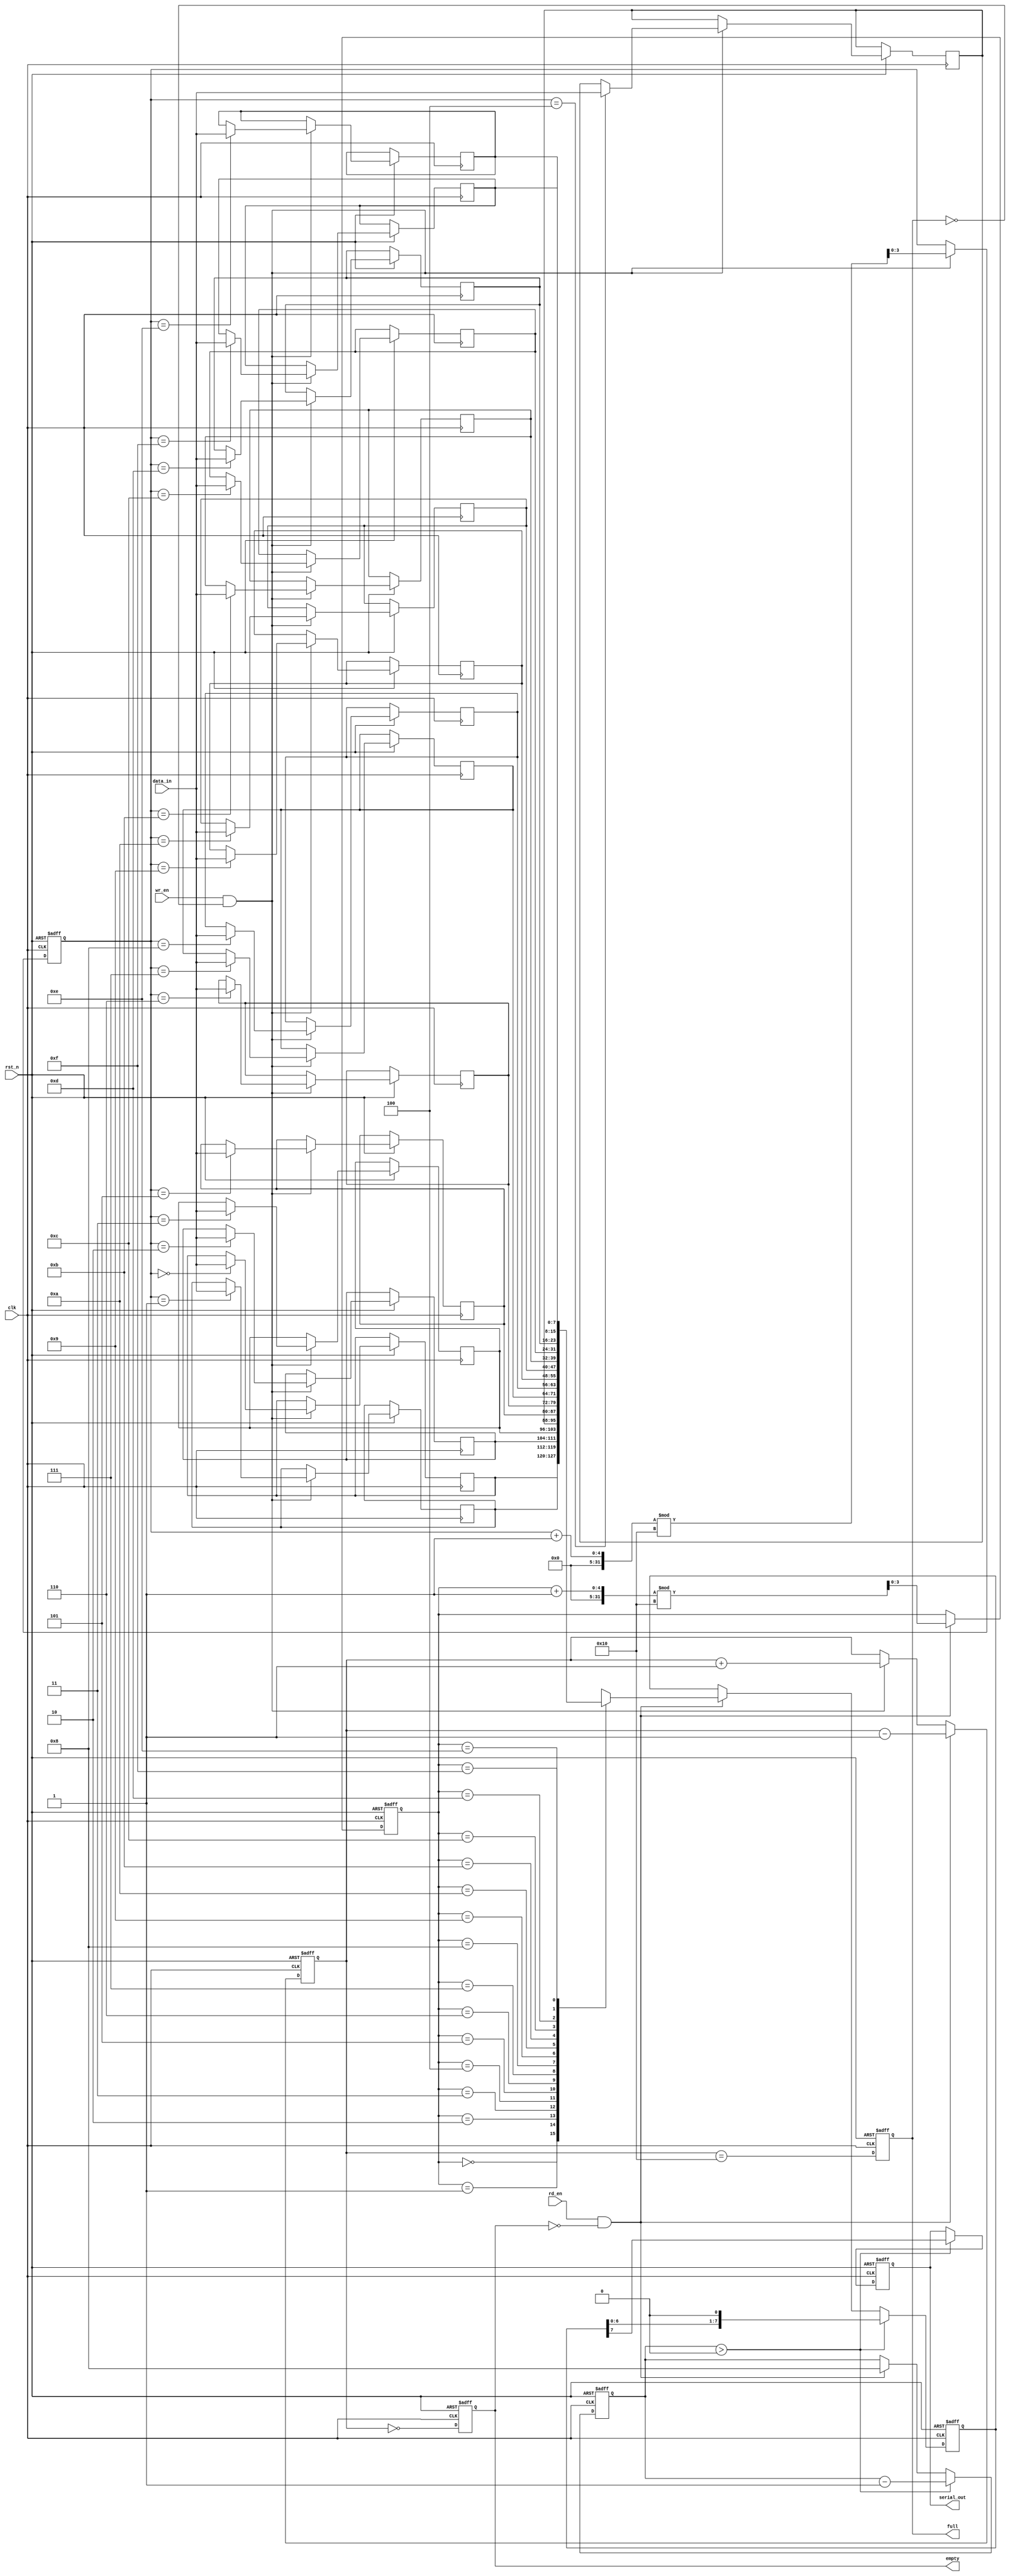
module fifo_piso #(
    parameter DATA_WIDTH = 8,  // Width of the data input
    parameter FIFO_DEPTH = 16   // Depth of the FIFO
)(
    input wire clk,              // Clock signal
    input wire rst_n,            // Asynchronous reset (active low)
    input wire wr_en,            // Write enable signal
    input wire rd_en,            // Read enable signal
    input wire [DATA_WIDTH-1:0] data_in, // Parallel data input
    output reg serial_out,        // Serial output
    output reg full,             // FIFO full flag
    output reg empty             // FIFO empty flag
);

    // Internal storage for FIFO
    reg [DATA_WIDTH-1:0] fifo_mem [0:FIFO_DEPTH-1];
    reg [3:0] wr_ptr;           // Write pointer
    reg [3:0] rd_ptr;           // Read pointer
    reg [4:0] count;            // Number of elements in FIFO

    // Asynchronous reset and FIFO write operation
    always @(posedge clk or negedge rst_n) begin
        if (!rst_n) begin
            wr_ptr <= 0;
            rd_ptr <= 0;
            count <= 0;
            full <= 0;
            empty <= 1;
        end else begin
            // Write operation
            if (wr_en && !full) begin
                fifo_mem[wr_ptr] <= data_in;
                wr_ptr <= (wr_ptr + 1) % FIFO_DEPTH;
                count <= count + 1;
            end

            // Read operation
            if (rd_en && !empty) begin
                rd_ptr <= (rd_ptr + 1) % FIFO_DEPTH;
                count <= count - 1;
            end

            // Update full and empty flags
            full <= (count == FIFO_DEPTH);
            empty <= (count == 0);
        end
    end

    // Serial output logic
    reg [DATA_WIDTH-1:0] shift_reg;
    reg [3:0] shift_count;

    always @(posedge clk or negedge rst_n) begin
        if (!rst_n) begin
            serial_out <= 0;
            shift_count <= 0;
            shift_reg <= 0;
        end else begin
            if (rd_en && !empty) begin
                shift_reg <= fifo_mem[rd_ptr]; // Load data to shift register
                shift_count <= DATA_WIDTH;      // Set shift count
            end
            
            if (shift_count > 0) begin
                serial_out <= shift_reg[DATA_WIDTH-1]; // Output MSB
                shift_reg <= {shift_reg[DATA_WIDTH-2:0], 1'b0}; // Shift left
                shift_count <= shift_count - 1; // Decrement shift count
            end
        end
    end

endmodule